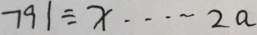
7 9 1 \div x \cdots 2 a